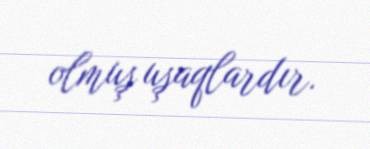
olmuş uşaqlardır.